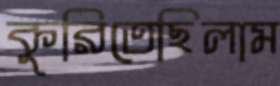
কুরিতেছিলাম